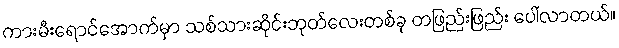
ကားမီးရောင်အောက်မှာ သစ်သားဆိုင်းဘုတ်လေးတစ်ခု တဖြည်းဖြည်း ပေါ်လာတယ်။